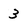
Character: 3